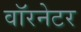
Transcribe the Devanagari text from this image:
वॉरनेटर